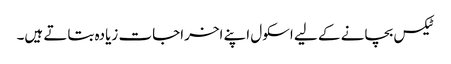
ٹیکس بچانے کے لیے اسکول اپنے اخراجات زیادہ بتاتے ہیں۔